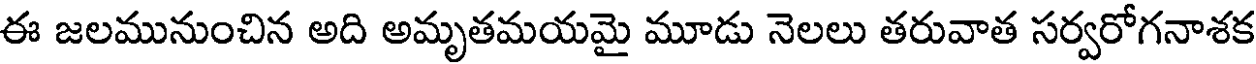
ఈ జలమునుంచిన అది అమృతమయమై మూడు నెలలు తరువాత సర్వరోగనాశక